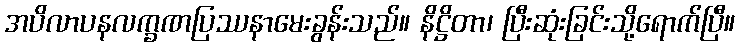
အပိလာပနလက္ခဏပြဿနာမေးခွန်းသည်။ နိဋ္ဌိတာ၊ ပြီးဆုံးခြင်းသို့ရောက်ပြီ။